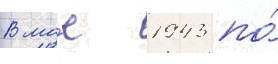
В ма́е 1943 по́